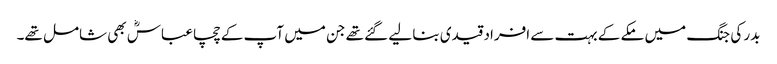
بدر کی جنگ میں مکے کے بہت سے افراد قیدی بنا لیے گئے تھے جن میں آپ کے چچا عباسؓ بھی شامل تھے۔